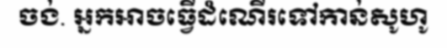
ចង់. អ្នកអាចធ្វើដំណើរទៅកាន់សូហូ